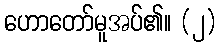
ဟောတော်မူအပ်၏။ (၂)